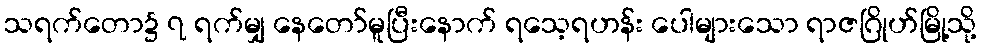
သရက်တော၌ ၇ ရက်မျှ နေတော်မူပြီးနောက် ရသေ့ရဟန်း ပေါများသော ရာဇဂြိုဟ်မြို့သို့